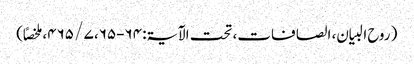
( روح البیان، الصافات، تحت الآیۃ: ۶۴-۶۵، ۷ / ۴۶۵، ملخصاً)